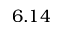
6 . 1 4